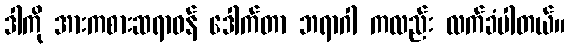
ဒါကို အားကစားဆရာဝန် ဒေါက်တာ ဘရာဂါ ကလည်း လက်ခံပါတယ်။